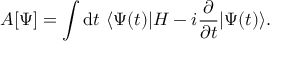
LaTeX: A [ \Psi ] = \int \mathrm { d } t \ \langle \Psi ( t ) | H - i { \frac { \partial } { \partial t } } | \Psi ( t ) \rangle .